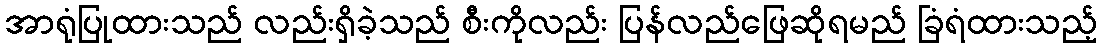
အာရုံပြုထားသည် လည်းရှိခဲ့သည် စီးကိုလည်း ပြန်လည်ဖြေဆိုရမည် ခြံရံထားသည့်